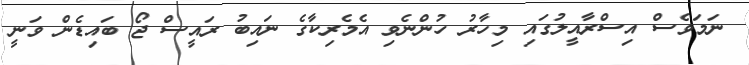
ނަމަވެސް އިސްރާއީލުގައި މިހާރު ހުންނެވި އެމެރިކާގެ ނައިބު ރައީސް ޖޯ ބައިޑެން ވަނީ